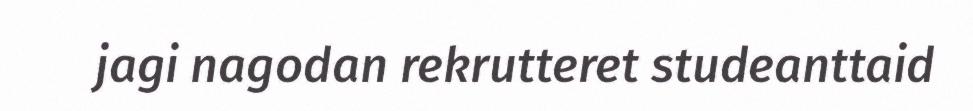
jagi nagodan rekrutteret studeanttaid